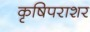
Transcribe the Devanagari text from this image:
कृषिपराशर